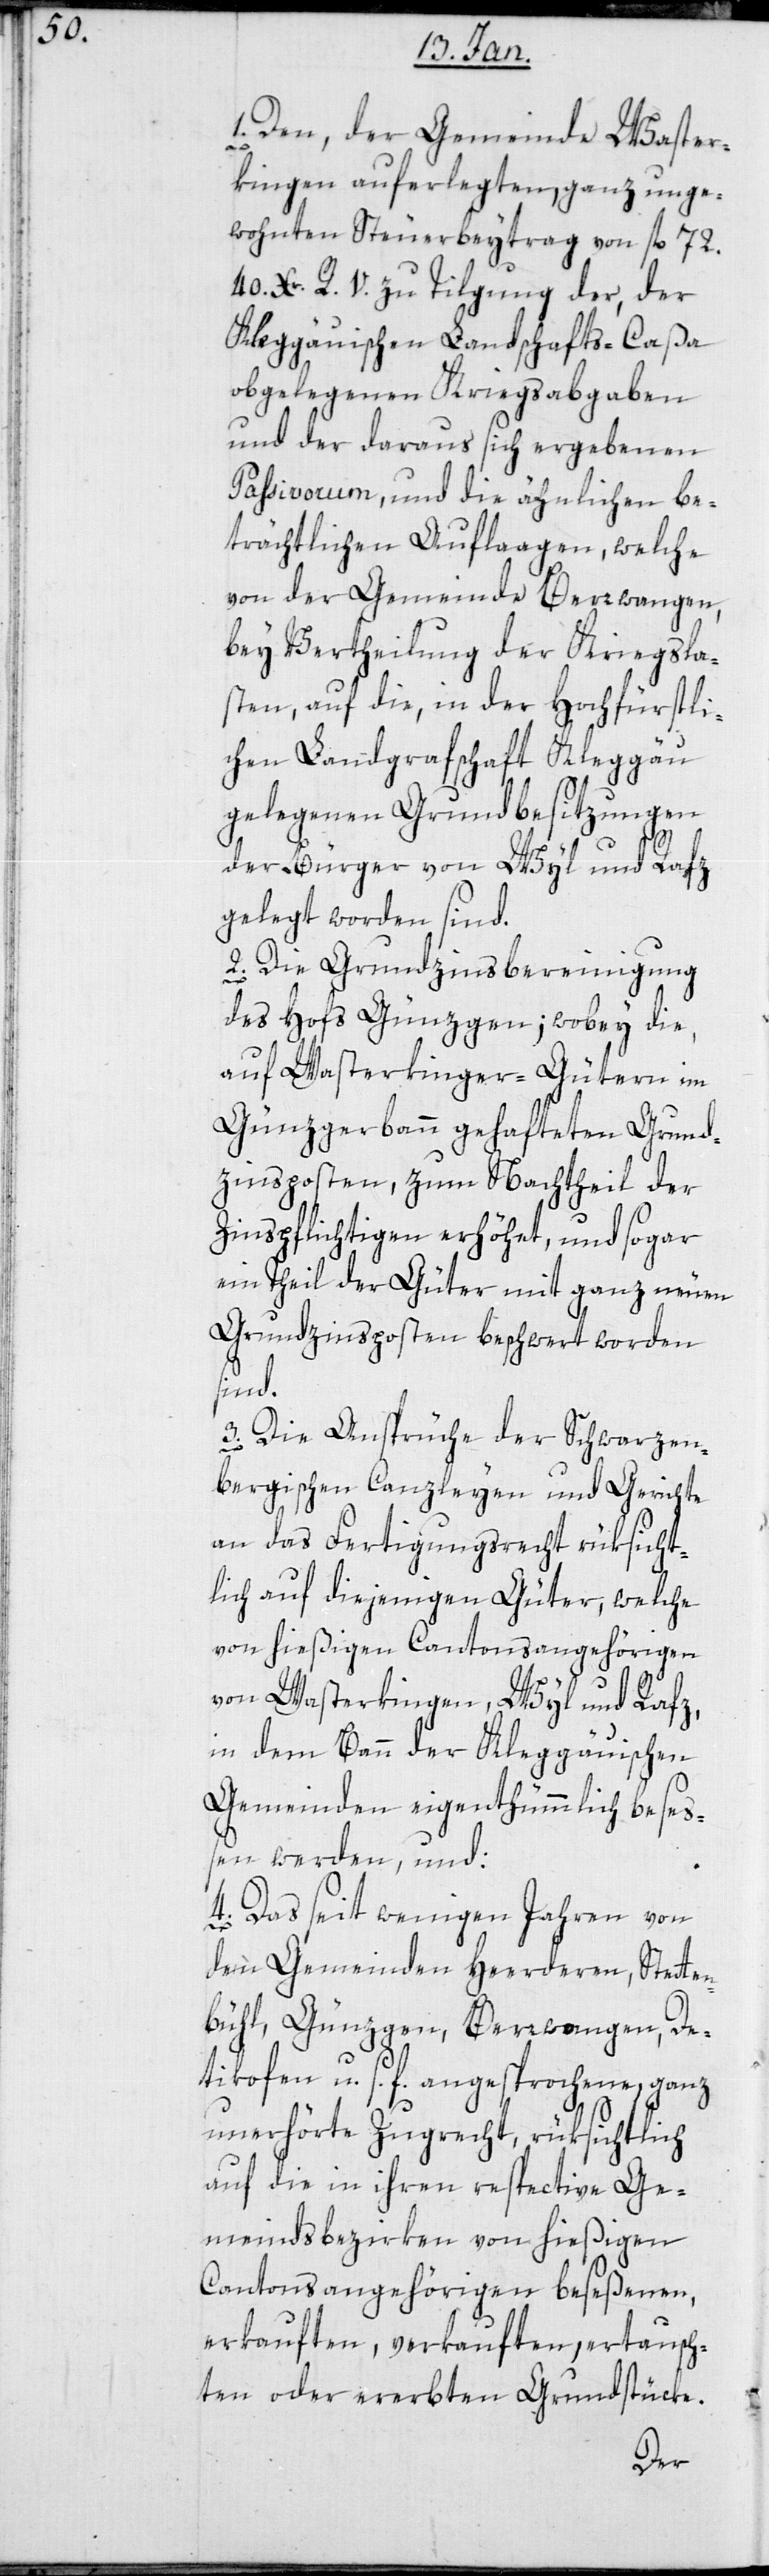
1. Den der Gemeinde Waster¬
ertausch¬
kingen auferlegten ganz unge¬
wohnten Steuerbeytrag von fl 72.
40. Xr. R. V. zu Tilgung der, der
Klettgäuischen Landschafts-Caßa
obgelegenen Kriegsabgaben
und der daraus sich ergebenen
Passivorum, und die ähnlichen be¬
trächtlichen Auflagen, welche
von der Gemeinde Berwangen,
bey Vertheilung der Kriegsla¬
sten auf die, in der Hochfürstli¬
chen Landgrafschaft Klettgäu
gelegenen Grundbesitzungen
der Bürger von Wyl und Rafz
gelegt worden sind.
2. Die Grundzinsbereinigung
des Hofs Günzgen; wobey die,
auf Wasterkinger-Gütern im
Günzgerbann gehafteten Grund¬
zinsposten, zum Nachtheil der
Zinspflichtigen erhöhet, und sogar
ein Teil der Güter mit ganz neuen
Grundzinsposten beschwert worden
sind.
3. Die Ansprüche der schwarzen¬
bergischen Canzleyen und Gerichte
an das Fertigungsrecht rüksicht¬
lich auf diejenigen Güter, welche
von hießigen Cantonsangehörigen
von Wasterkingen, Wyl und Rafz,
in dem Bann der Klettgäuischen
Gemeinden eigenthümlich beses¬
sen werden, und:
4. Das seit wenigen Jahren von
den Gemeinden Herderen, Stetten¬
bühl, Günzgen, Berwangen, De¬
ttikofen u. s. f. angesprochene, ganz
unerhörte Zugrecht, rüksichtlich
auf die in ihren respective Ge¬
meindsbezirken von hießigen
Cantonsangehörigen beseßenen,
ten oder ererbten Grundstücke.